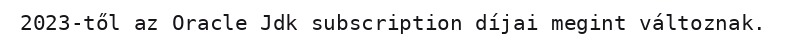
2023-től az Oracle Jdk subscription díjai megint változnak.